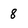
Character: 8